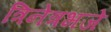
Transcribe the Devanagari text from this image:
त्रिनेत्रभजे